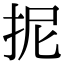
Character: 抳